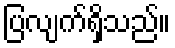
ပြလျက်ရှိသည်။